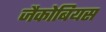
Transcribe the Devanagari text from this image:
जैकोबियस